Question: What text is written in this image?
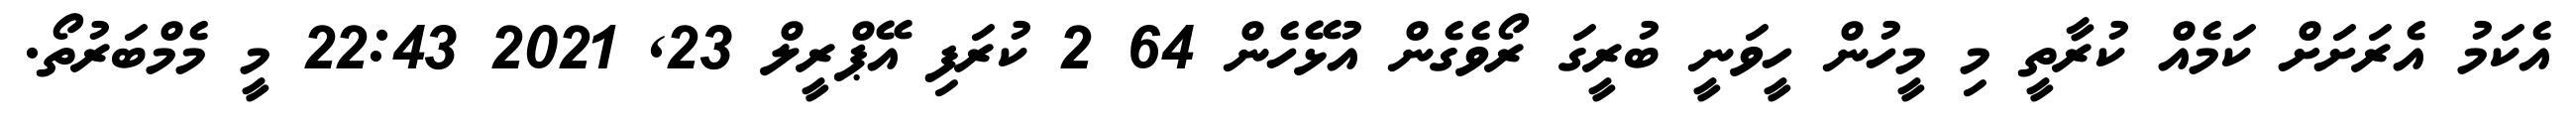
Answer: އެކަމު އެރަށަށް ކަމެއް ކުރާތީ މި މީހުން ހީވަނީ ބުރީގަ ރޯވެގެން އުޅޭހެން 64 2 ކުރަފި އޭޕްރީލް 23, 2021 22:43 މީ މެމްބަރުތޯ.